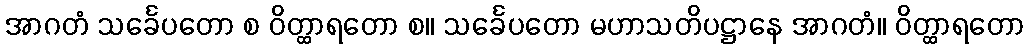
အာဂတံ သင်္ခေပတော စ ဝိတ္ထာရတော စ။ သင်္ခေပတော မဟာသတိပဋ္ဌာနေ အာဂတံ။ ဝိတ္ထာရတော